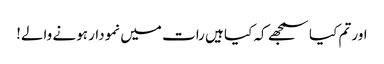
اور تم کیا سمجھے کہ کیا ہیں رات میں نمودار ہونے والے!